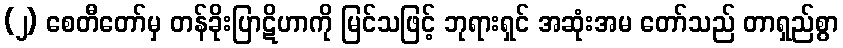
(၂) စေတီတော်မှ တန်ခိုးပြာဋိဟာကို မြင်သဖြင့် ဘုရားရှင် အဆုံးအမ တော်သည် တာရှည်စွာ